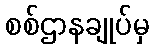
စစ်ဌာနချုပ်မှ